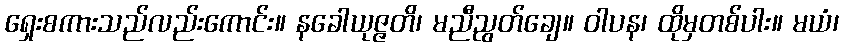
ရှေးစကားသည်လည်းကောင်း။ နခေါယုဇ္ဇတိ၊ မညီညွတ်ချေ။ ဝါပန၊ ထိုမှတစ်ပါး။ မယံ၊